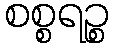
စစ္စရဉ္စ